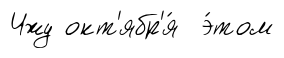
Чжу окт'ябр'я́ э́том